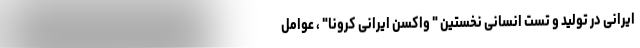
ایرانی در تولید و تست انسانی نخستین " واکسن ایرانی کرونا" ، عوامل